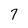
Character: 7